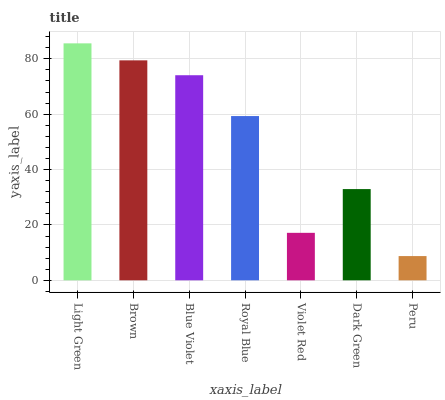
| xaxis_label | bars |
 | --- | --- |
 | Light Green | 85.6 |
 | Brown | 79.5 |
 | Blue Violet | 74.1 |
 | Royal Blue | 59.3 |
 | Violet Red | 17.2 |
 | Dark Green | 33 |
 | Peru | 8.76 |